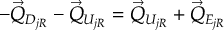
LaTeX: - \vec { Q } _ { D _ { j R } } - \vec { Q } _ { U _ { j R } } = \vec { Q } _ { U _ { j R } } + \vec { Q } _ { E _ { j R } }